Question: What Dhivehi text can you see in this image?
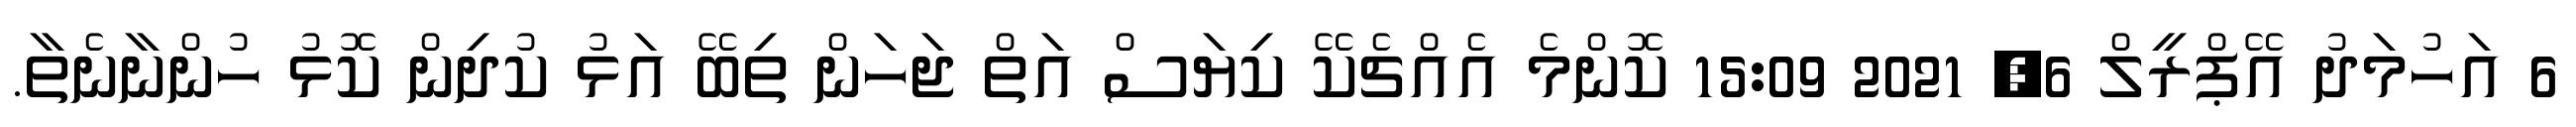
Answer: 6 އަހުމަދު އޭޕްރީލް 6, 2021 15:09 ކޮންމެ އެއްޗެކޭ ކިޔަސް އަތް ޖަހަން ތިބޭ އަޅު ކުދިން ކޮޅު ހުންނާނެތާ.